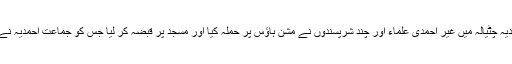
جماعت احمدیہ چٹیالہ میں غیر احمدی علماء اور چند شرپسندوں نے مشن ہاؤس پر حملہ کیا اور مسجد پر قبضہ کر لیا جس کو جماعت احمدیہ نے آباد کیا تھا۔